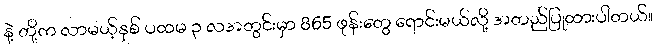
နဲ့ တို့က လာမယ့်နှစ် ပထမ ၃ လအတွင်းမှာ 865 ဖုန်းတွေ ရောင်းမယ်လို့ အတည်ပြုထားပါတယ်။